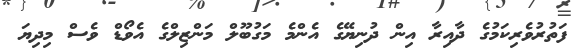
ފަތުރުވެރިކަމުގެ ދާއިރާ އިން ދުނިޔޭގެ އެންމެ މަގުބޫލް މަންޒިލްގެ އެވޯޑް ވެސް މިދިޔަ